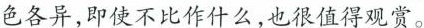
色各异，即使不比作什么，也很值得观赏。